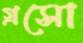
গ্রসো